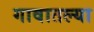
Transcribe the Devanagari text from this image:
गावातल्‍या